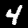
Label: 4